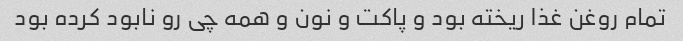
تمام روغن غذا ریخته بود و پاکت و نون و همه چی رو نابود کرده بود